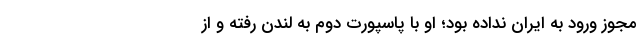
مجوز ورود به ایران نداده بود؛ او با پاسپورت دوم به لندن رفته و از